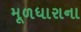
મૂળધારાના